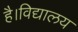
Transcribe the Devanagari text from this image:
है।विद्यालय